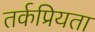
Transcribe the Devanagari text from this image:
तर्कप्रियता